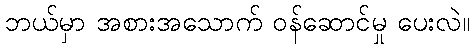
ဘယ်မှာ အစားအသောက် ဝန်ဆောင်မှု ပေးလဲ။